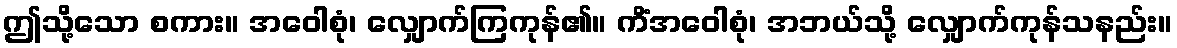
ဤသို့သော စကား။ အဝေါစုံ၊ လျှောက်ကြကုန်၏။ ကိံအဝေါစုံ၊ အဘယ်သို့ လျှောက်ကုန်သနည်း။